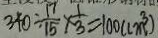
3 4 0 \div \frac { 1 7 } { 1 5 } \times \frac { 1 } { 3 } = 1 0 0 ( c m ^ { 3 } )